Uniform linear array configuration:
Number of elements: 48
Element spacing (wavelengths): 0.75
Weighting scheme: uniform
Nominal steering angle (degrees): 0
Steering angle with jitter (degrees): -1.032
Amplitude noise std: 0.05
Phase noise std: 0.05

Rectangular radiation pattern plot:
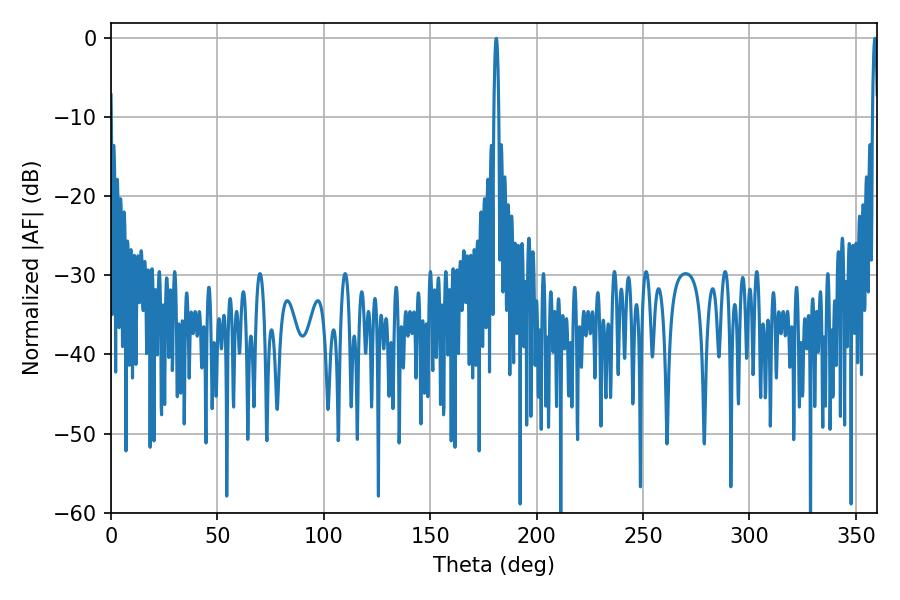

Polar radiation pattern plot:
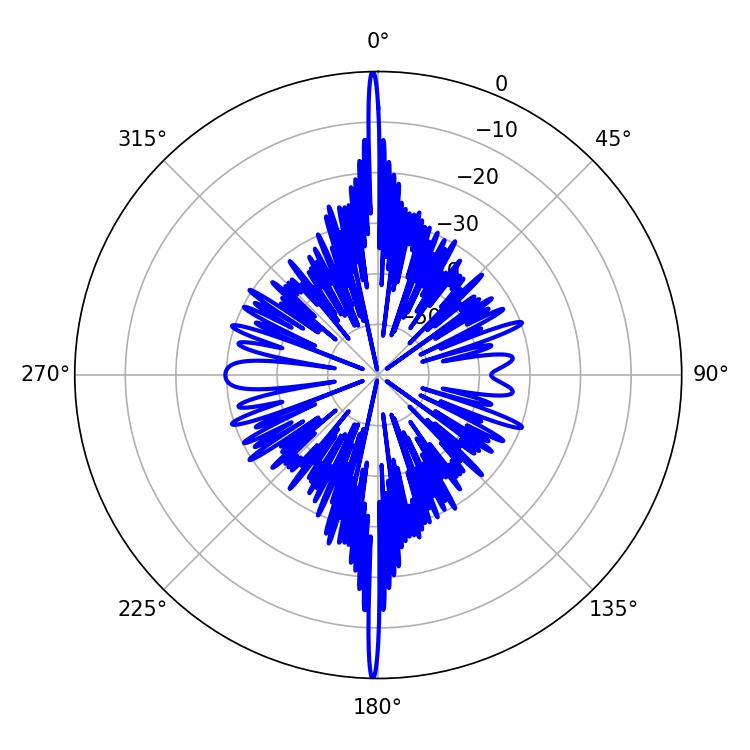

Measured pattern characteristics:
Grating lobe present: TRUE
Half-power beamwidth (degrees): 1.26
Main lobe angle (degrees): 358.92